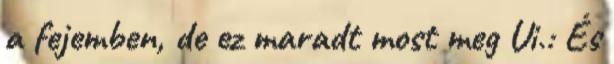
a fejemben, de ez maradt most meg Ui.: És